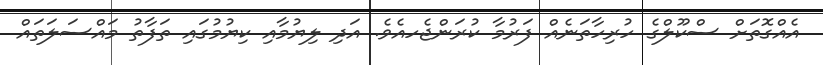
އެއްގޮތަށް ސްކޫލްގެ ހުރިހާތަނެއް ފަރުމާ ކުރަންޖެހއެވެ. އަދި ލިޔުމާއި ކިޔުމުގައި ތަފާތު މައްސަލަތައް